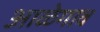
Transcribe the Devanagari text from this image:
आळेगाव